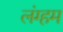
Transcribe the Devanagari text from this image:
लंग्हम